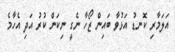
އަލަމާރި ކޮނޑު އަޅުވާ ބައިން ޒޯހާ ނެގީ ނިކަން ކުރު އަދި އެހާމެ